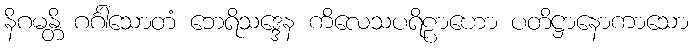
နိဂမန္တိ ဂင်္ဂါသောတံ ဘေရိသဒ္ဒေန ကိလေသပရိဠာဟော ပတိဋ္ဌာနောကာသော